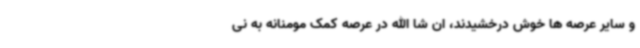
و سایر عرصه ها خوش درخشیدند، ان شا الله در عرصه کمک مومنانه به نی